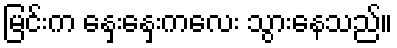
မြင်းက နှေးနှေးကလေး သွားနေသည်။